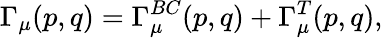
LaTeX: \Gamma_{\mu}(p,q)=\Gamma_{\mu}^{BC}(p,q)+\Gamma_{\mu}^{T}(p,q),